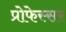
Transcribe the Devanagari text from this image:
प्रोफेस्सर